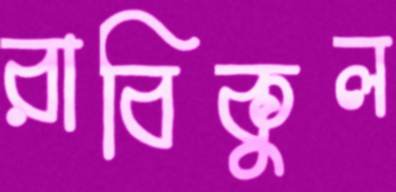
রাবিকুল